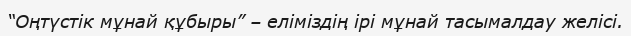
“Оңтүстік мұнай құбыры” – еліміздің ірі мұнай тасымалдау желісі.